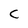
Character: C